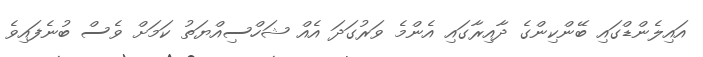
އައިލެންޑްގައި ބޭންކިންގެ ދާއިރާގައި އެންމެ ވަރުގަދަ އެއް ޝަހްސިއްޔަތު ކަމަށް ވެސް ބުނެފައިވެ